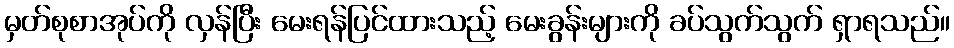
မှတ်စုစာအုပ်ကို လှန်ပြီး မေးရန်ပြင်ထားသည့် မေးခွန်းများကို ခပ်သွက်သွက် ရှာရသည်။